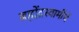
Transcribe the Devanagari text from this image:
ब्रह्मेंद्रस्वामींचें